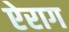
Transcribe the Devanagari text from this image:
ऐराग